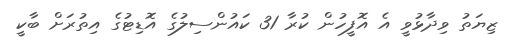
ޒިޔަތު ވިދާޅުވީ އެ އޮފީހުން ކުރާ 31 ކައުންސިލުގެ އޮޑިޓުގެ އިތުރަށް ބާކީ